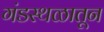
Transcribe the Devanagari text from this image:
गंडस्थळातून